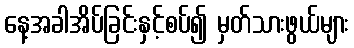
နေ့အခါအိပ်ခြင်းနှင့်စပ်၍ မှတ်သားဖွယ်များ